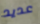
عديد